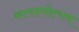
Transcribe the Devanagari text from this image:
कल्याणोत्सव